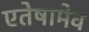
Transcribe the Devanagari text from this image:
एतेषामेव